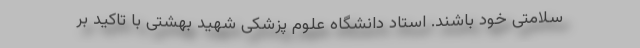
سلامتی خود باشند. استاد دانشگاه علوم پزشکی شهید بهشتی با تاکید بر